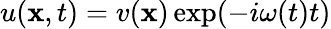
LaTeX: u(\mathbf{x},t)=v(\mathbf{x})\exp(-i\omega(t)t)